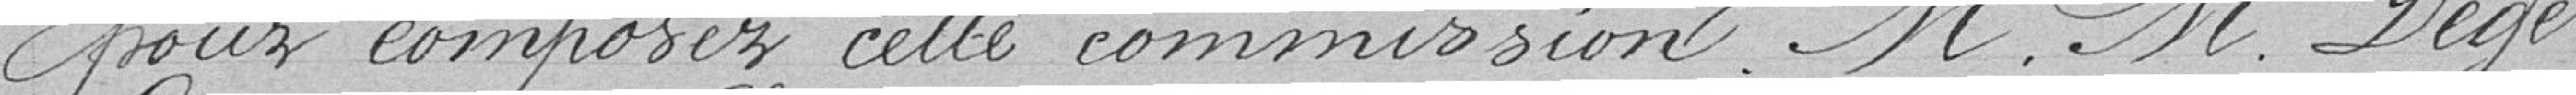
pour composer cette commission : messieurs Degé